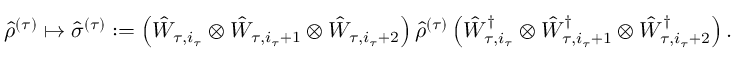
{ \hat { \rho } } ^ { ( \tau ) } \mapsto \hat { \sigma } ^ { ( \tau ) } : = \left( \hat { W } _ { \tau , i _ { \tau } } \otimes \hat { W } _ { \tau , i _ { \tau } + 1 } \otimes \hat { W } _ { \tau , i _ { \tau } + 2 } \right) { \hat { \rho } } ^ { ( \tau ) } \left( \hat { W } _ { \tau , i _ { \tau } } ^ { \dag } \otimes \hat { W } _ { \tau , i _ { \tau } + 1 } ^ { \dag } \otimes \hat { W } _ { \tau , i _ { \tau } + 2 } ^ { \dag } \right) .